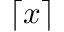
\lceil x \rceil